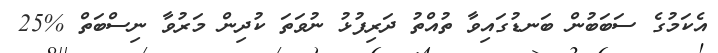
އެކަމުގެ ސަބަބުން ބަނޑުގައިވާ ތުއްތު ދަރިފުޅު ނުވަތަ ކުދިން މަރުވާ ނިސްބަތް %25